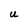
Character: U